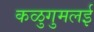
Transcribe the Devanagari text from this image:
कळुगुमलई